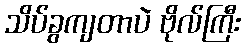
သိပ်ခွကျတာပဲ ဗိုလ်ကြီး